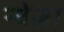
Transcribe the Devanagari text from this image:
ग्वेज़ा